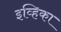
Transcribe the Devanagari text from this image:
इव्हिका